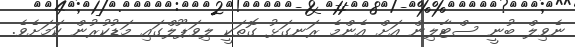
ނެވިލް ބުނީ ސްޓާލިން އަށް އެންމެ ރަނގަޅު ގޮތަކީ ލިވަޕޫލްގައި މަޑުކުރުން ކަމަށެވެ.